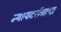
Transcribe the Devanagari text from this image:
न्यायदर्शनाचा